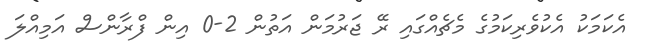
އެކަމަކު އެކުވެރިކަމުގެ މެޗެއްގައި ރޭ ޖަރުމަން އަތުން 2-0 އިން ފްރާންސް އަމިއްލަ